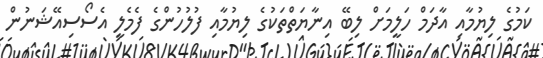
ކަމުގެ ލިޔުމާއި އާދަމް ހަލީމަށް ލިބޭ އިނާޔަތްތަކުގެ ލިޔުމާއި ފުލުހުންގެ ފެމެލީ އެސޯސިއޭޝަނުން